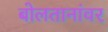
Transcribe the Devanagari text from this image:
बोलतानांवर